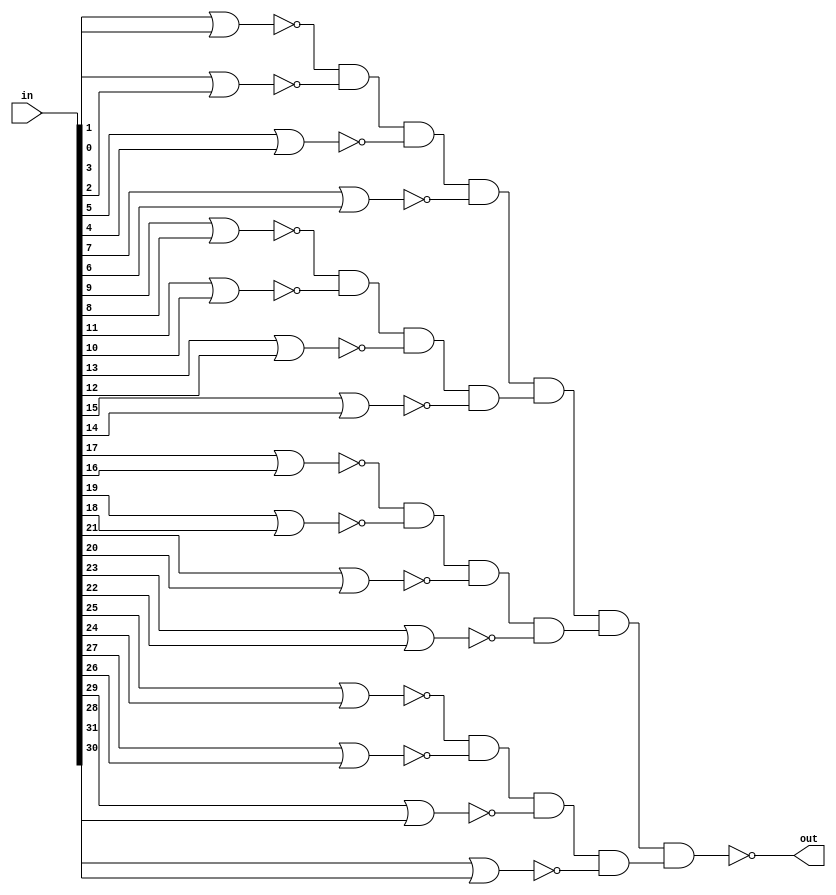
module sparc_exu_aluor32
  (/*AUTOARG*/
   // Outputs
   out, 
   // Inputs
   in
   );

   input [31:0] in;         // input to be compared to zero

   output       out;       // or of input bits

   wire         nor1_1;
   wire         nor1_2;
   wire         nor1_3;
   wire         nor1_4;
   wire         nor1_5;
   wire         nor1_6;
   wire         nor1_7;
   wire         nor1_8;
   wire         nor1_9;
   wire         nor1_10;
   wire         nor1_11;
   wire         nor1_12;
   wire         nor1_13;
   wire         nor1_14;
   wire         nor1_15;
   wire         nor1_16;
   wire         nand2_1;
   wire         nand2_2;
   wire         nand2_3;
   wire         nand2_4;
   wire         inv3_1;
   wire         inv3_2;
   wire         inv3_3;
   wire         inv3_4;

   assign       nor1_1 = ~(in[1] | in[0]);
   assign       nor1_2 = ~(in[3] | in[2]);
   assign       nor1_3 = ~(in[5] | in[4]);
   assign       nor1_4 = ~(in[7] | in[6]);
   assign       nor1_5 = ~(in[9] | in[8]);
   assign       nor1_6 = ~(in[11] | in[10]);
   assign       nor1_7 = ~(in[13] | in[12]);
   assign       nor1_8 = ~(in[15] | in[14]);
   assign       nor1_9 = ~(in[17] | in[16]);
   assign       nor1_10 = ~(in[19] | in[18]);
   assign       nor1_11 = ~(in[21] | in[20]);
   assign       nor1_12 = ~(in[23] | in[22]);
   assign       nor1_13 = ~(in[25] | in[24]);
   assign       nor1_14 = ~(in[27] | in[26]);
   assign       nor1_15 = ~(in[29] | in[28]);
   assign       nor1_16 = ~(in[31] | in[30]);

   assign       nand2_1 = ~(nor1_1 & nor1_2 & nor1_3 & nor1_4);
   assign       nand2_2 = ~(nor1_5 & nor1_6 & nor1_7 & nor1_8);
   assign       nand2_3 = ~(nor1_9 & nor1_10 & nor1_11 & nor1_12);
   assign       nand2_4 = ~(nor1_13 & nor1_14 & nor1_15 & nor1_16);

   assign       inv3_1 = ~nand2_1;
   assign       inv3_2 = ~nand2_2;
   assign       inv3_3 = ~nand2_3;
   assign       inv3_4 = ~nand2_4;

   assign       out = ~(inv3_1 & inv3_2 & inv3_3 & inv3_4);

endmodule